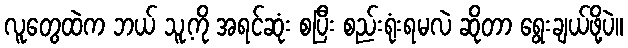
လူတွေထဲက ဘယ် သူ့ကို အရင်ဆုံး စပြီး စည်းရုံးရမလဲ ဆိုတာ ရွေးချယ်ဖို့ပဲ။